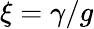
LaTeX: \xi=\gamma/g